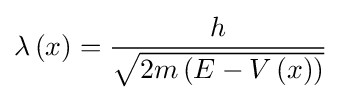
\lambda \left(x\right)={\frac {h}{\sqrt {2m\left(E-V\left(x\right)\right)}}}